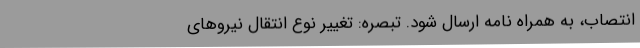
انتصاب، به همراه نامه ارسال شود. تبصره: تغییر نوع انتقال نیروهای